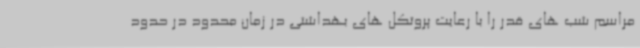
مراسم شب های قدر را با رعایت پروتکل های بهداشتی در زمان محدود در حدود